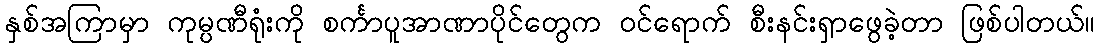
နှစ်အကြာမှာ ကုမ္ပဏီရုံးကို စင်္ကာပူအာဏာပိုင်တွေက ဝင်ရောက် စီးနင်းရှာဖွေခဲ့တာ ဖြစ်ပါတယ်။